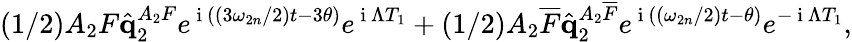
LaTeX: \left(1/2\right)A_{2}F\hat{\mathbf{q}}_{2}^{A_{2}F}e^{\mathrm{~i~}\left(\left(3\omega_{2n}/2\right)t-3\theta\right)}e^{\mathrm{~i~}\Lambda T_{1}}+\left(1/2\right)A_{2}\overline{{F}}\hat{\mathbf{q}}_{2}^{A_{2}\overline{{F}}}e^{\mathrm{~i~}\left(\left(\omega_{2n}/2\right)t-\theta\right)}e^{-\mathrm{~i~}\Lambda T_{1}},